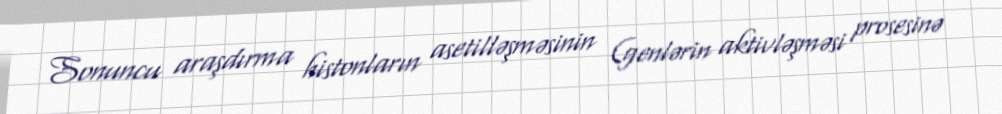
Sonuncu araşdırma histonların asetilləşməsinin (genlərin aktivləşməsi prosesinə